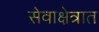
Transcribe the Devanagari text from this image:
सेवाक्षेत्रात